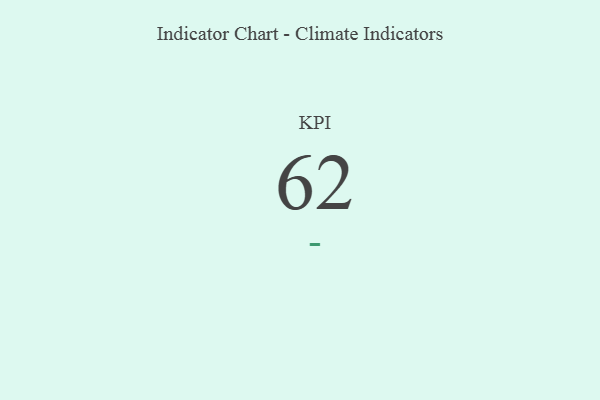
{"axis": {"x": "KPI", "y": "Value"}, "legend": [""], "data": [{"x": "KPI", "y": 62, "type": ""}]}